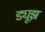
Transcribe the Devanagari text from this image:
ड्यूझ